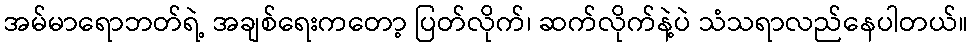
အမ်မာရောဘတ်ရဲ့ အချစ်ရေးကတော့ ပြတ်လိုက်၊ ဆက်လိုက်နဲ့ပဲ သံသရာလည်နေပါတယ်။